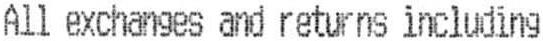
ALL EXCHANGES AND RETURNS INCLUDING